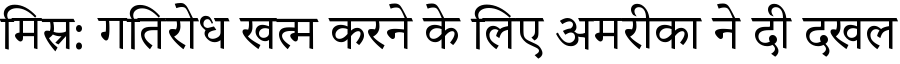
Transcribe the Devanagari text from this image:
मिस्र: गतिरोध खत्म करने के लिए अमरीका ने दी दखल